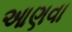
આણવા